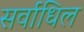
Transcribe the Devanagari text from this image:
सर्वाधिल